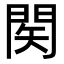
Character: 𨴊